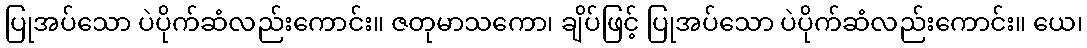
ပြုအပ်သော ပဲပိုက်ဆံလည်းကောင်း။ ဇတုမာသကော၊ ချိပ်ဖြင့် ပြုအပ်သော ပဲပိုက်ဆံလည်းကောင်း။ ယေ၊